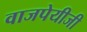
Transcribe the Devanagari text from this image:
वाजपेयीजी